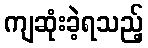
ကျဆုံးခဲ့ရသည့်